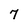
Character: 7